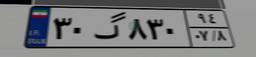
۳۰گ۸۳۰۹۴